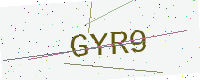
Text: GYR9